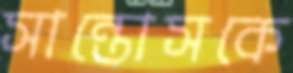
সান্তোসকে